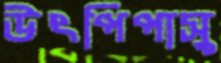
উৎপিপাসু